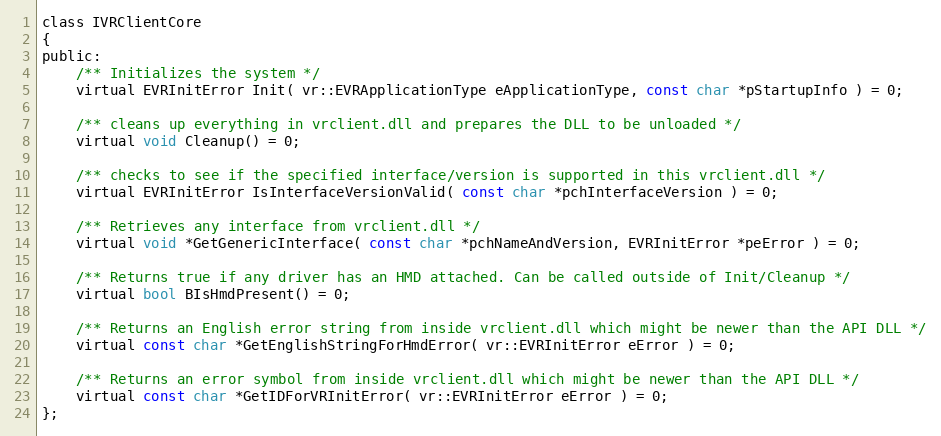
Language: C
class IVRClientCore
{
public:
	/** Initializes the system */
	virtual EVRInitError Init( vr::EVRApplicationType eApplicationType, const char *pStartupInfo ) = 0;

	/** cleans up everything in vrclient.dll and prepares the DLL to be unloaded */
	virtual void Cleanup() = 0;

	/** checks to see if the specified interface/version is supported in this vrclient.dll */
	virtual EVRInitError IsInterfaceVersionValid( const char *pchInterfaceVersion ) = 0;

	/** Retrieves any interface from vrclient.dll */
	virtual void *GetGenericInterface( const char *pchNameAndVersion, EVRInitError *peError ) = 0;

	/** Returns true if any driver has an HMD attached. Can be called outside of Init/Cleanup */
	virtual bool BIsHmdPresent() = 0;

	/** Returns an English error string from inside vrclient.dll which might be newer than the API DLL */
	virtual const char *GetEnglishStringForHmdError( vr::EVRInitError eError ) = 0;

	/** Returns an error symbol from inside vrclient.dll which might be newer than the API DLL */
	virtual const char *GetIDForVRInitError( vr::EVRInitError eError ) = 0;
};